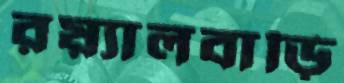
রয়্যালবাড়ি